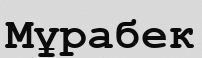
Мұрабек